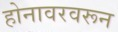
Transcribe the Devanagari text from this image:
होनावरवरून